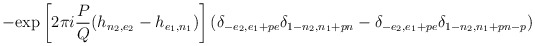
\begin{align*}-\mbox{exp}\left[2\pi i\frac{P}{Q}(h_{n_{2},e_{2}}-h_{e_{1},n_{1}})\right](\delta_{-e_{2},e_{1}+pe}\delta_{1-n_{2},n_{1}+pn}-\delta_{-e_{2},e_{1}+pe}\delta_{1-n_{2},n_{1}+pn-p})\end{align*}